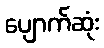
ပျောက်ဆုံး